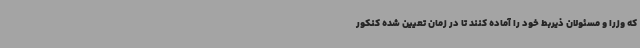
که وزرا و مسئولان ذیربط خود را آماده کنند تا در زمان تعیین شده کنکور